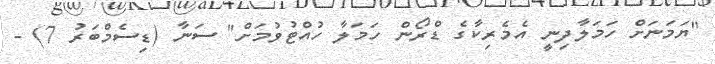
"ޔަމަނަށް ހަމަލާދިނީ އެމެރިކާގެ ޑްރޯން ހަމަލާ ހުއްޓުވުމަށް" ސަނާ (ޑިސެމްބަރު 7) -